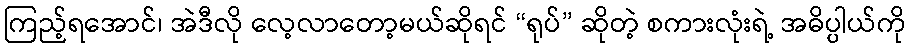
ကြည့်ရအောင်၊ အဲဒီလို လေ့လာတော့မယ်ဆိုရင် “ရုပ်” ဆိုတဲ့ စကားလုံးရဲ့ အဓိပ္ပါယ်ကို